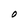
Character: O